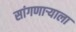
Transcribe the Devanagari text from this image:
सांगणाऱ्याला